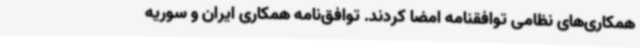
همکاری‌های نظامی توافقنامه امضا کردند. توافق‌نامه همکاری ایران و سوریه